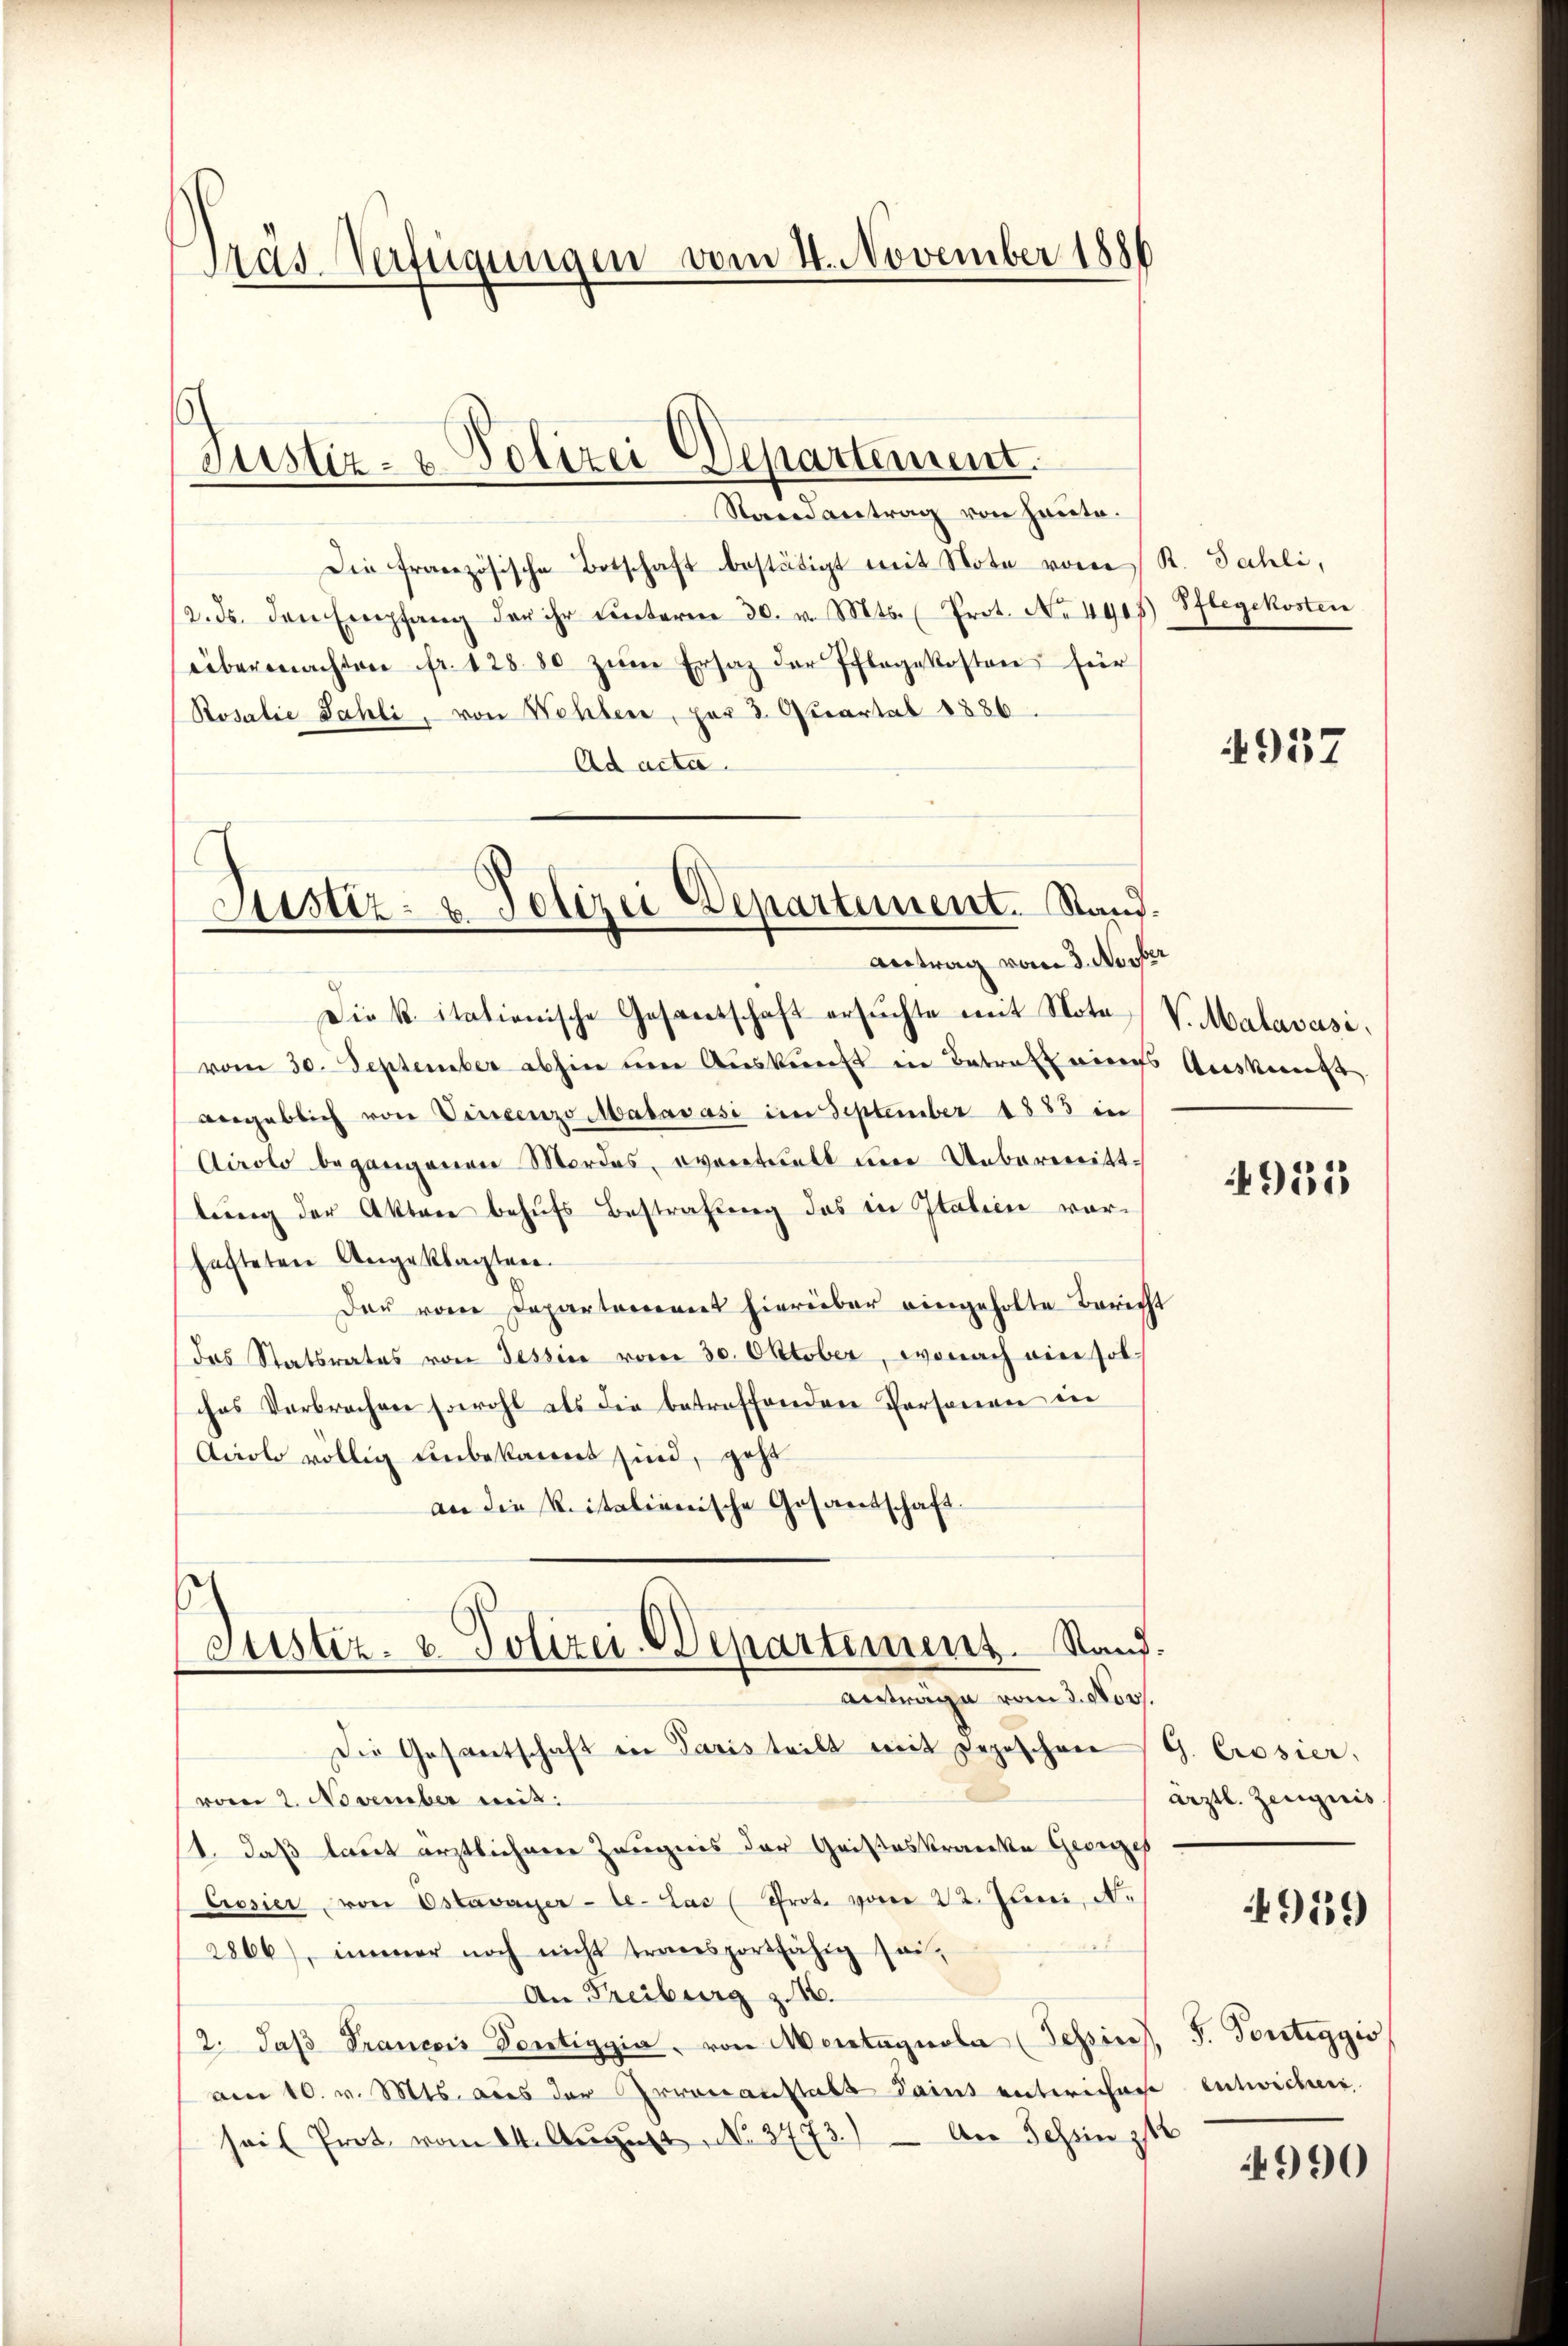
Pras-Verfügungen vom 4. November 1886

Randantrag von heute.
Die französische Botschaft bestätigt mit Note vom R. Sahli,
2. ds. den Empfang der ihr ŭnterm 30. v. Mts. (Prot. No 4905) Pflegekosten
übermachten fr. 128 50 zŭm Ersatz der Pflegekosten für
Rosalie Fahli, von Wohlen, per 2. Quartal 1886
Ad acta.

Justiz- & Polizei Departement.

Justiz- & Polizei Departement. Stand.
Antrag vom 3. Novber

Die k. itationische Gesantschaft ersŭchte mit Nota V. Malavasi
vom 30. September abhin um Auskunft in Betraft eines Auskunft
angeblich von Vincenzo Mabavasi im September 1883 in
Airolo begangenen Mordes, eventuell um Uebermittlung der Akten behufs Bestrafung das in Italien vorhafteten Angeklagten.
Den vom Departement hierüber eingeholte Bericht
das Statsrates von Tessin vom 30. Oktober, wonach ein solches Verbrechen sowohl als die betreffenden Personen in
Acolo völlig unbekannt sind, geht
an die Reitalienische Gesandschaft.
Justiz- & Polizei-Departement. Stand.
Antrage vom 3. Nov.
Die Gesantschaft in Paris teilt mit Depeschen G. Crosier,
(vom 2. November mit:
1. daß laut ärztlichene Zeugnis der Gristeskranke Georges
Crosier von Estavayer-le-Lac (Prot. vom 22. Juni, A.
2866), immer noch nicht transportfähig sei,
An Freiburg z. 16.
2. daβ Francois Sontigyia, von Meistagnola (Tessine
am 10. v. Mts. aus der Irrenanstalt Saint entwichnet entwichen.
hail Prot. vom 24. August No. 3773.) An Tessin st

957

4935

ärztl. Zeugnis

4959

F. Portiggis

990